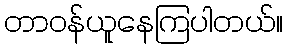
တာဝန်ယူနေကြပါတယ်။